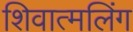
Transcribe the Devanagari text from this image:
शिवात्मलिंग